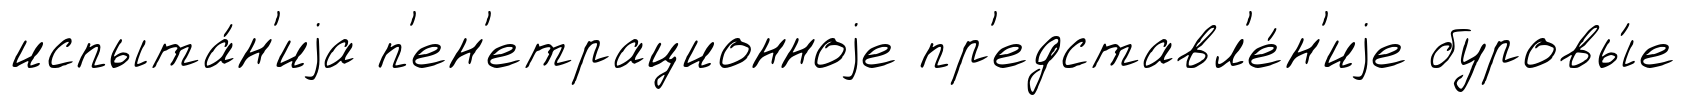
испыта́н'иjа п'ен'етрационноjе пр'едставл'е́н'иjе буровы́е